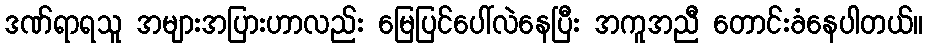
ဒဏ်ရာရသူ အများအပြားဟာလည်း မြေပြင်ပေါ်လဲနေပြီး အကူအညီ တောင်းခံနေပါတယ်။